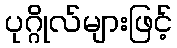
ပုဂ္ဂိုလ်များဖြင့်